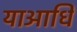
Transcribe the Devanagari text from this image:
याआधि